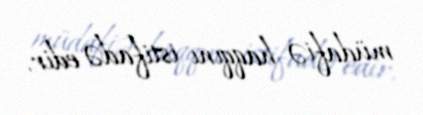
müdafiə haqqını istifadə edir.